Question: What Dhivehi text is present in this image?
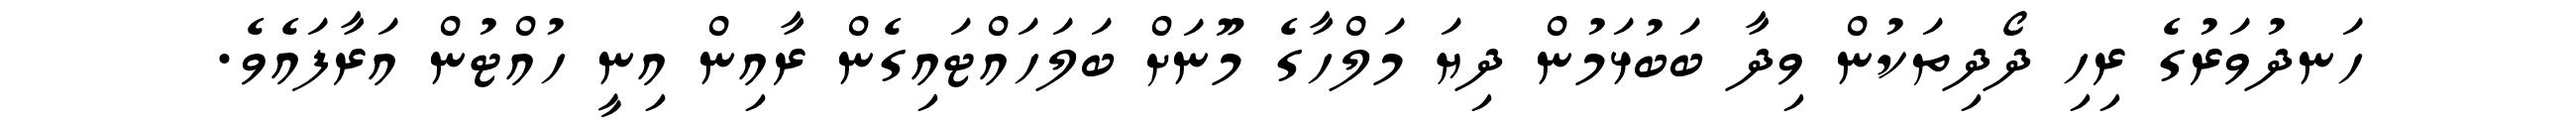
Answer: ހަނދުވަރުގެ ރިހި ދޯދިތަކުން ވިދާ ބަބުޅަމުން ދިޔަ މަލްހާގެ މޫނަށް ބަލަހައްޓައިގެން ރާއިން އިނީ ހުއްޓުން އަރާފައެވެ.